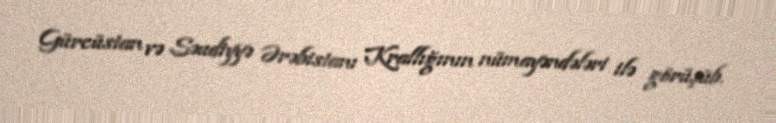
Gürcüstan və Səudiyyə Ərəbistanı Krallığının nümayəndələri ilə görüşüb.